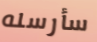
سأرسله